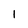
Character: 1